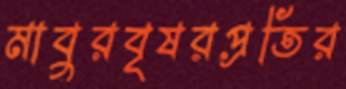
মাবুরবৃষরপ্রতির